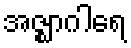
အဇ္ဈာဂါရေ